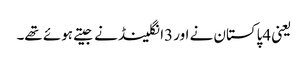
یعنی 4پاکستان نے اور 3انگلینڈ نے جیتے ہوئے تھے۔